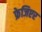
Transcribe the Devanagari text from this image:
फ्रेजिएर